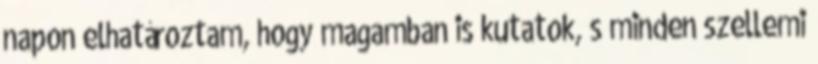
napon elhatároztam, hogy magamban is kutatok, s minden szellemi